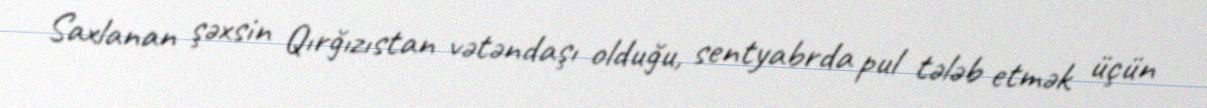
Saxlanan şəxsin Qırğızıstan vətəndaşı olduğu, sentyabrda pul tələb etmək üçün